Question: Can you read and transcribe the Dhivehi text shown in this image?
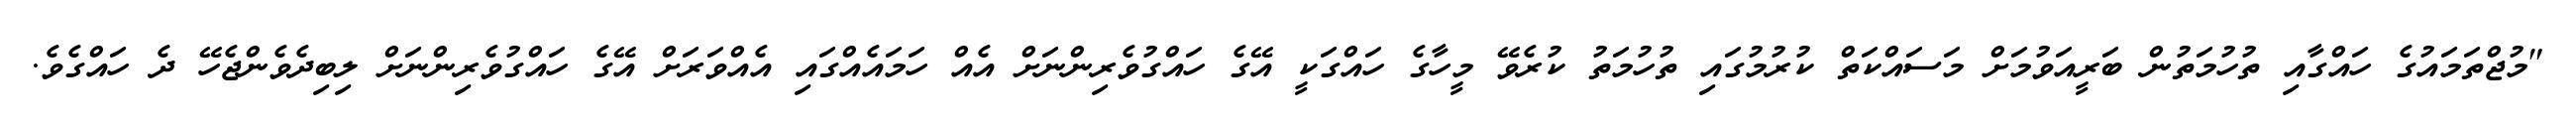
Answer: "މުޖްތަމައުގެ ހައްގާއި ތުހުމަތުން ބަރީއަވުމަށް މަސައްކަތް ކުރުމުގައި ތުހުމަތު ކުރެވޭ މީހާގެ ހައްގަކީ އޭގެ ހައްގުވެރިންނަށް އެއް ހަމައެއްގައި އެއްވަރަށް އޭގެ ހައްގުވެރިންނަށް ލިބިދެވެންޖެހޭ ދެ ހައްގެވެ.